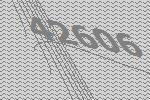
42606